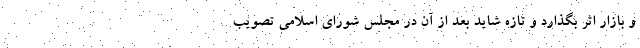
و بازار اثر بگذارد و تازه شاید بعد از آن در مجلس شورای اسلامی تصویب